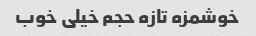
خوشمزه تازه حجم خیلی خوب